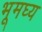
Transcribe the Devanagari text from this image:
भूमघ्य